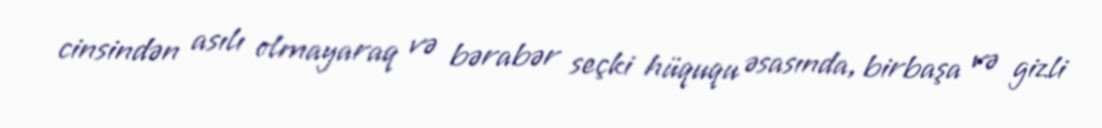
cinsindən asılı olmayaraq və bərabər seçki hüququ əsasında, birbaşa və gizli